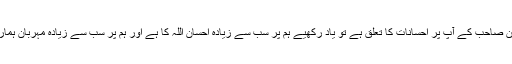
جہاں تک ان صاحب کے آپ پر احسانات کا تعلق ہے تو یاد رکھیے ہم پر سب سے زیادہ احسان اللہ کا ہے اور ہم پر سب سے زیادہ مہربان ہمارا رب ہے ۔